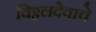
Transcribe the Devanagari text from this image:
विठ्ठलदेवाचे